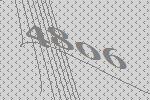
4806